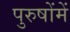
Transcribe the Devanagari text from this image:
पुरुषोंमें